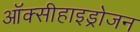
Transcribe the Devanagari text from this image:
ऑक्सीहाइड्रोजन